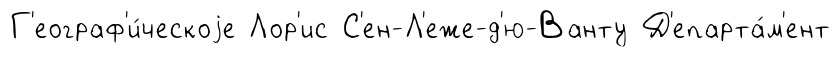
Г'еограф'и́ческоjе Лор'ис С'ен-Л'еже-д'ю-Ванту Д'епарта́м'ент